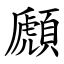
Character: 䫢